Sleeping sickness
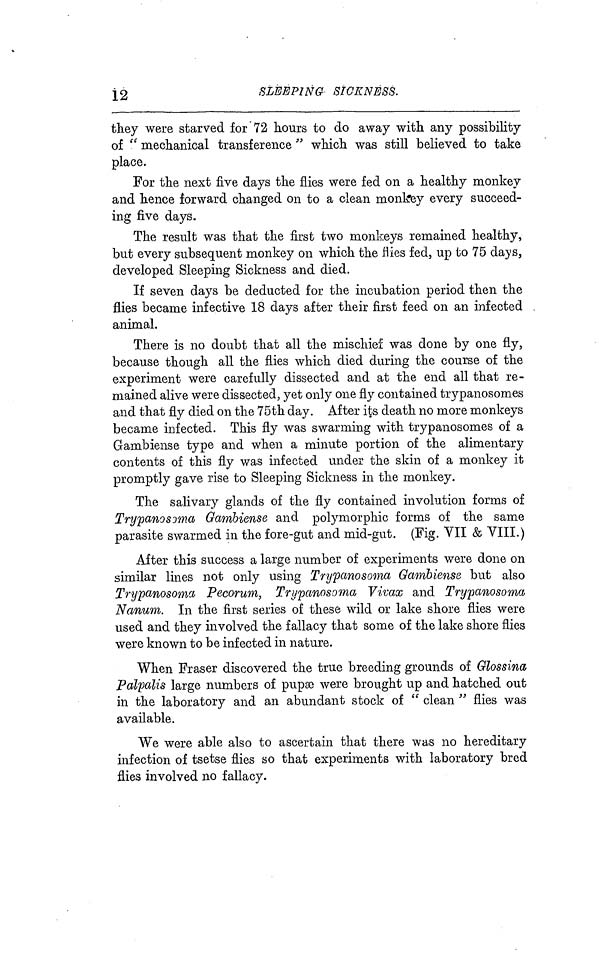
12
SLEEPING SICKNESS.
they were starved for 72 hours to do away with any possibility
of " mechanical transference " which was still believed to take
place.
For the next five days the flies were fed on a healthy monkey
and hence forward changed on to a clean monkey every succeed-
ing five days.
The result was that the first two monkeys remained healthy,
but every subsequent monkey on which the flies fed, up to 75 days,
developed Sleeping Sickness and died.
If seven days be deducted for the incubation period then the
flies became infective 18 days after their first feed on an infected
animal.
There is no doubt that all the mischief was done by one fly,
because though all the flies which died during the course of the
experiment were carefully dissected and at the end all that re-
mained alive were dissected, yet only one fly contained trypanosomes
and that fly died on the 75th day. After its death no more monkeys
became infected. This fly was swarming with trypanosomes of a
Gambiense type and when a minute portion of the alimentary
contents of this fly was infected under the skin of a monkey it
promptly gave rise to Sleeping Sickness in the monkey.
The salivary glands of the fly contained involution forms of
Trypanosima Gambiense and polymorphic forms of the same
parasite swarmed in the fore-gut and mid-gut. (Fig. VII & VIII.)
After this success a large number of experiments were done on
similar lines not only using Trypanosoma Gambiense but also
Trypanosoma Pecorum, Trypanosoma Vivax and Trypanosoma
Nanum. In the first series of these wild or lake shore flies were
used and they involved the fallacy that some of the lake shore flies
were known to be infected in nature.
When Fraser discovered the true breeding grounds of Glossina
Palpalis large numbers of pupse \vere brought up and hatched out
in the laboratory and an abundant stock of " clean " flies was
available.
We were able also to ascertain that there was no hereditary
infection of tsetse flies so that experiments with laboratory bred
flies involved no fallacy.